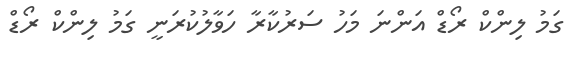
ގަމު ލިންކް ރޯޑް އަންނަ މަހު ސަރުކާރާ ހަވާލުކުރަނީ ގަމު ލިންކް ރޯޑް